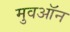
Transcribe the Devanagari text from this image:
मुवऑन